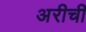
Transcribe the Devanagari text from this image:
अरीची